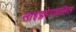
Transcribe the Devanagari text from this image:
साइक्लोग्वानिल